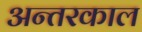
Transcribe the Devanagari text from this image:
अन्तरकाल